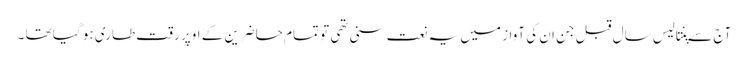
آج سے پنتالیس سال قبل جن ان کی آواز میں یہ نعت سنی تھی تو تمام حاضرین کے اوپر رقت طاری ہو گیا تھا ۔